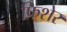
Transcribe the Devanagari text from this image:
फिशेर